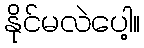
နိုင်မလဲပေါ့။